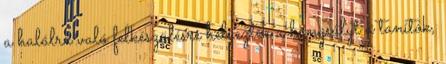
a halálra való felkészülésre helyezték a hangsúlyt a tanítók,